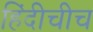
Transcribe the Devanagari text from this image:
हिंदीचीच